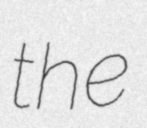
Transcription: the